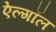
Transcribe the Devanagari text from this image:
ऐल्गॉल